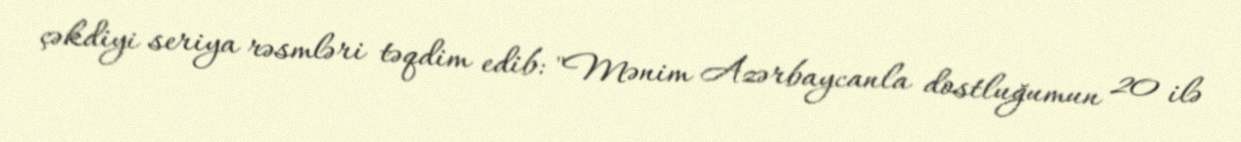
çəkdiyi seriya rəsmləri təqdim edib: "Mənim Azərbaycanla dostluğumun 20 ilə